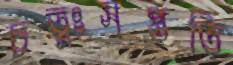
চতুঃসপ্ততি